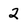
Character: 2